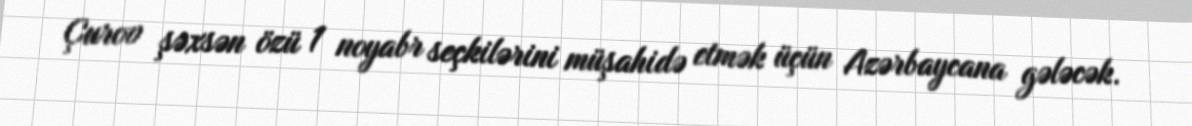
Çurov şəxsən özü 1 noyabr seçkilərini müşahidə etmək üçün Azərbaycana gələcək.